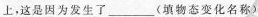
上，这是因为发生了___(填物态变化名称)